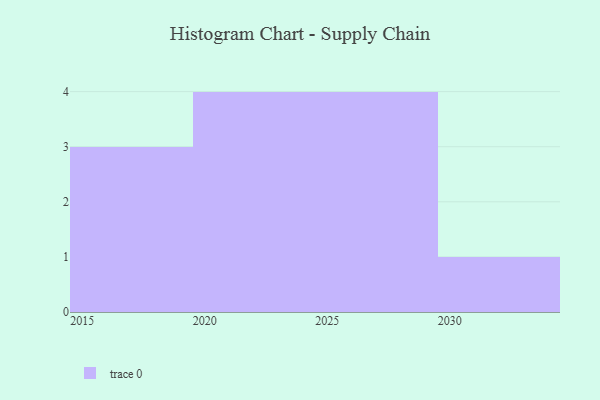
{"axis": {"x": "Year", "y": "Population (Million)"}, "legend": [""], "data": [{"x": "2025", "y": 2, "type": ""}, {"x": "2028", "y": 74, "type": ""}, {"x": "2017", "y": 15, "type": ""}, {"x": "2022", "y": 37, "type": ""}, {"x": "2030", "y": 27, "type": ""}, {"x": "2027", "y": 13, "type": ""}, {"x": "2024", "y": 62, "type": ""}, {"x": "2019", "y": 90, "type": ""}, {"x": "2029", "y": 83, "type": ""}, {"x": "2020", "y": 14, "type": ""}, {"x": "2021", "y": 87, "type": ""}, {"x": "2015", "y": 17, "type": ""}]}